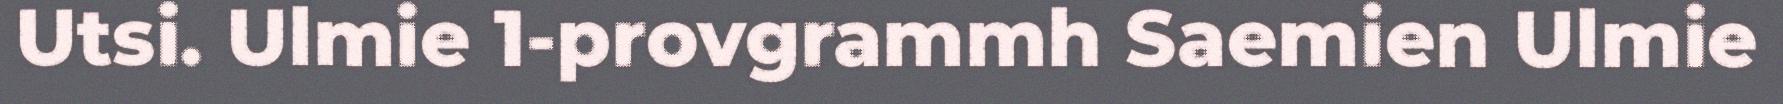
Utsi. Ulmie 1-provgrammh Saemien Ulmie